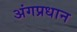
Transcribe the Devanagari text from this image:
अंगप्रधान